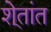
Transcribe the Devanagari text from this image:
शे्तांत